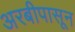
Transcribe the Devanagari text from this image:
अरबीपासून